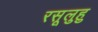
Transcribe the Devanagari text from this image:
रसूलुहु